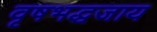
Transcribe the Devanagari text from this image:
वृषभद्धजाय